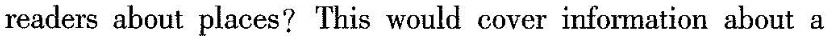
readers about places? This would cover infornation about a